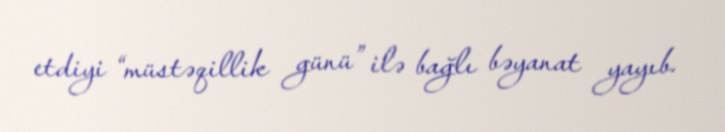
etdiyi “müstəqillik günü” ilə bağlı bəyanat yayıb.